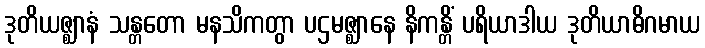
ဒုတိယဇ္ဈာနံ သန္တတော မနသိကတွာ ပဌမဇ္ဈာနေ နိကန္တိံ ပရိယာဒါယ ဒုတိယာဓိဂမာယ